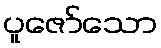
ပူဇော်သော